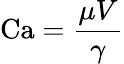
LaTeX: \mathrm{Ca}={\frac{\mu V}{\gamma}}